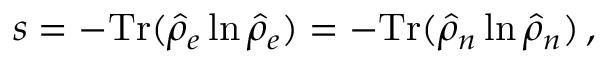
s = - \mathrm { T r } ( \hat { \rho } _ { e } \ln \hat { \rho } _ { e } ) = - \mathrm { T r } ( \hat { \rho } _ { n } \ln \hat { \rho } _ { n } ) \, ,